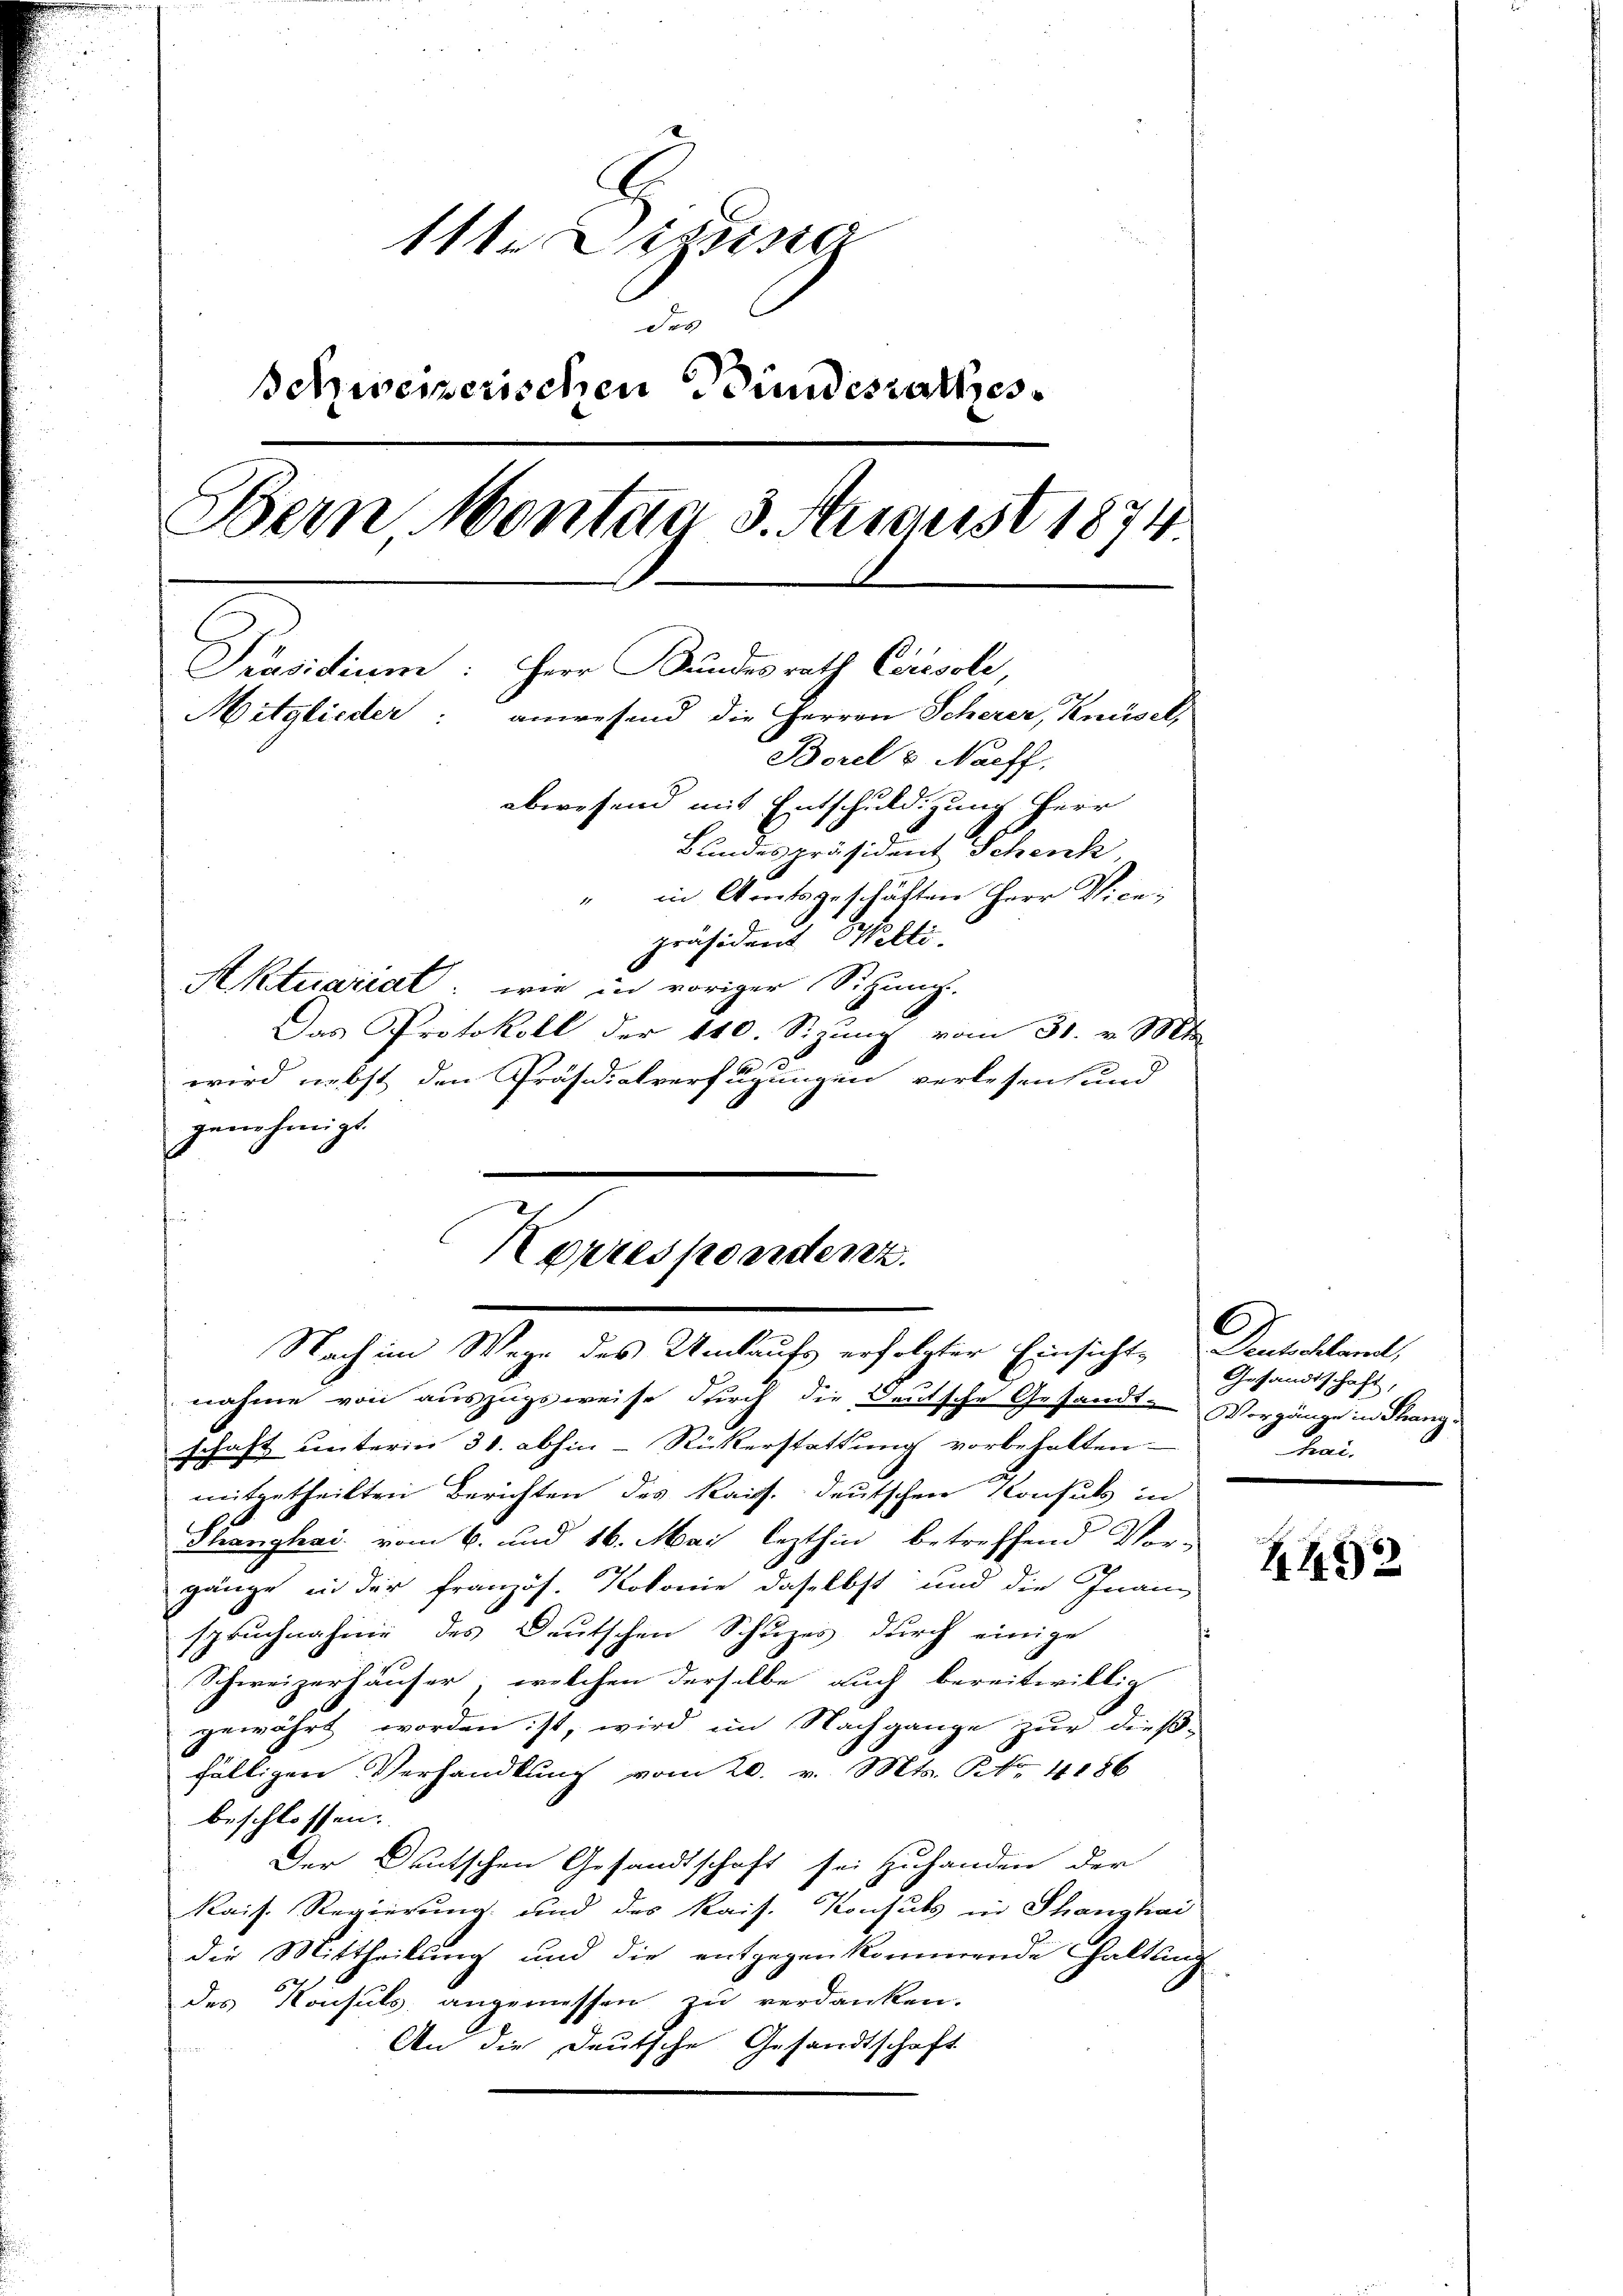
111. Diezing
Schweizerischen Bundesrathes
Bern Montag 3. August 1874.
Präsidium: Herr Bundesrath Chrisole,
Mitglieder: anwesend die Herren Scherer, Knüsel,
Borel & Naeff,
abwesend mit Entschuldigung Herr
Bundespräsident Schenk
“ in Amtsgeschäften Herr Vice-

präsident Welti.
Aktuariat: wie in voriger Sitzung
Das Protokoll der 140. Sizung vom 31. v. Mts.
1
wird nebst den Präsidialverfügungen verlesen und
genehmigt.
s
nahme von auszugsweise durch die Deutsche Gesandt- Vorgänge in Thang
schaft unterm 31. abhin-Rückerstattung vorbehalten.
mitgetheilten Berichten des Kais. deutschen Konsuls in
Shanghai. vom 6. und 16. Mai lezthin betreffend Vor-
gänge in der französ. Kolonie daselbst und die Inanz
spruchnahme des Deutschen Schuzes durch einige
Schweizerhäuser, welchen derselbe auch bereitwillig
gewährt worden ist, wird im Nachgange zur dieß-
fälligen Verhandlung vom 20. v. Mts. No. 4186
beschlossen:
Der Deutschen Gesandtschaft sei zuhanden der
Rais. Regierung und des Kais. Konsuls in Thanghai
die Mittheilung und die entgegenkommende Haltung
des Konsuls angemessen zu verdanken.
An die Deutsche Gesandtschaft

Korrespondenz.
Nach im Wege des Umlaufs erfolgter Einsichte Deutschland,

Gesandtschaft,
 Frei¬

4492